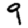
Digit: 9